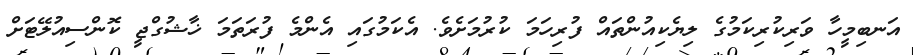
އަނބިމީހާ ވަރިކުރިކަމުގެ ލިޔެކިއުންތައް ފުރިހަމަ ކުރުމަށެވެ. އެކަމުގައި އެންމެ ފުރަތަމަ ޚާޝުގްޖީ ކޮންސިއުލޭޓަށް